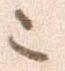
ニ